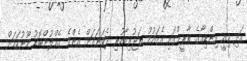
އަދި މިއީ އިންޑިއާގެ ތާރީޚްގައި އެގައުމު ތަޖުރިބާކުރި ދެވަނައަށް އެންމެ ގެއްލުންބޮޑު ހޫނުކަމަށް